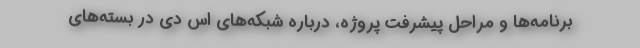
برنامه‌ها و مراحل پیشرفت پروژه، درباره شبکه‌های اس دی در بسته‌های